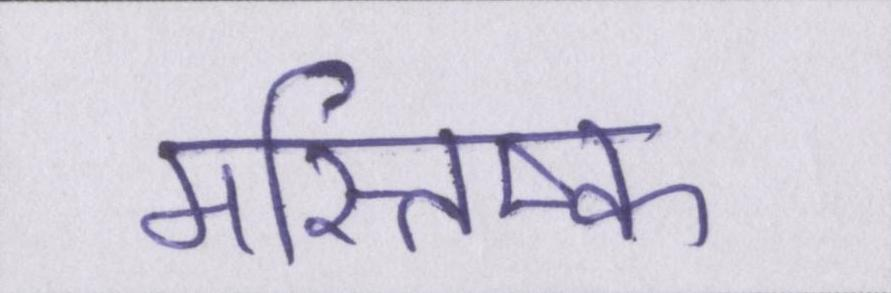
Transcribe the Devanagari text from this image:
मस्तिष्क